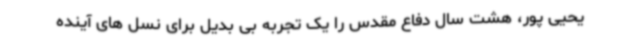
یحیی پور، هشت سال دفاع مقدس را یک تجربه بی بدیل برای نسل های آینده